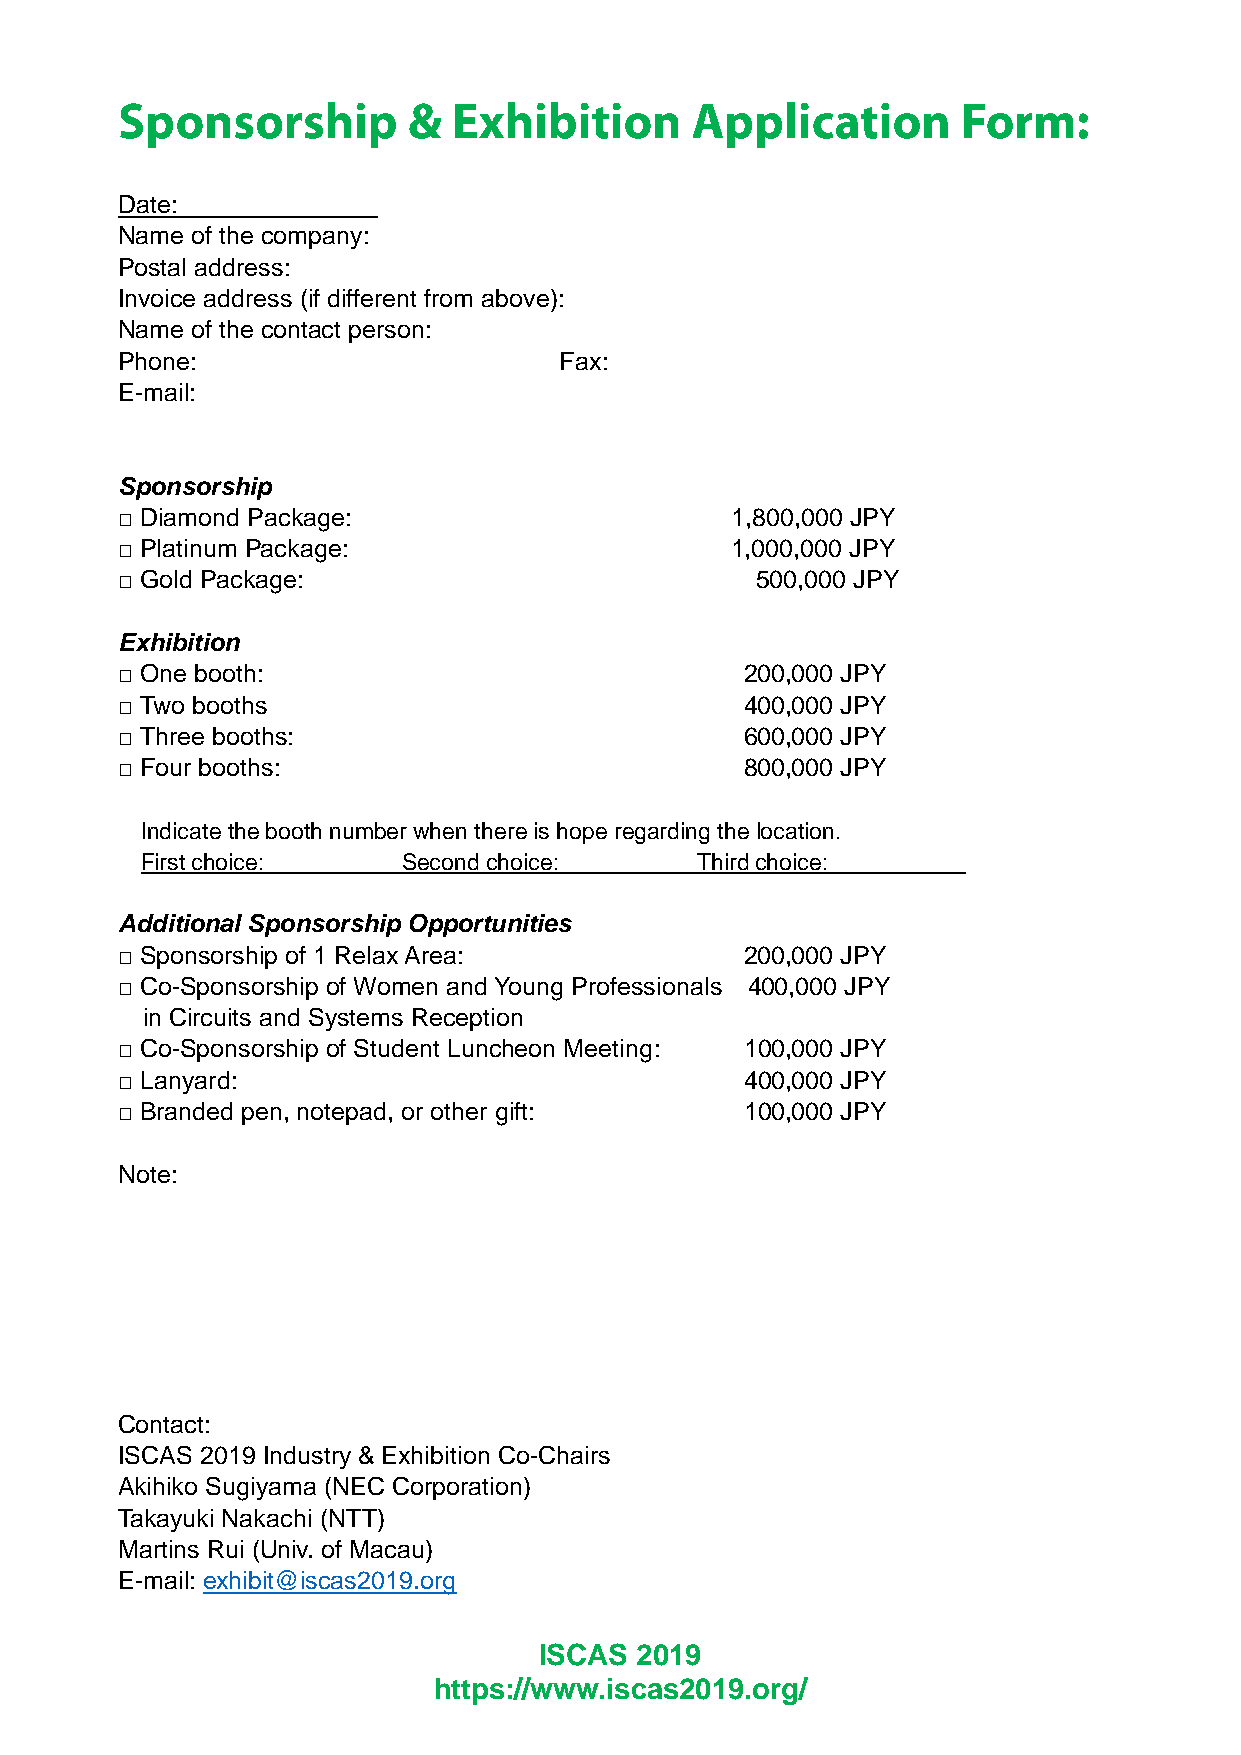
Date:
 Name of the company:
 Postal address:
 Invoice address (if different from above):
 Name of the contact person:
 Phone:                       Fax:
 E-mail:
 Sponsorship
 □ Diamond Package:                      1,800,000 JPY
 □ Platinum Package:                     1,000,000 JPY
 □ Gold Package:                           500,000 JPY
 Exhibition
 □ One booth:                             200,000 JPY
 □ Two booths                             400,000 JPY
 □ Three booths:                          600,000 JPY
 □ Four booths:                           800,000 JPY
 Indicate the booth number when there is hope regarding the location.
 First choice:     Second choice:     Third choice:
 Additional Sponsorship Opportunities
 □ Sponsorship of 1 Relax Area:           200,000 JPY
 □ Co-Sponsorship of Women and Young Professionals 400,000 JPY
 in Circuits and Systems Reception
 □ Co-Sponsorship of Student Luncheon Meeting: 100,000 JPY
 □ Lanyard:                               400,000 JPY
 □ Branded pen, notepad, or other gift:   100,000 JPY
 Note:
 Contact:
 ISCAS 2019 Industry & Exhibition Co-Chairs
 Akihiko Sugiyama (NEC Corporation)
 Takayuki Nakachi (NTT)
 Martins Rui (Univ. of Macau)
 E-mail: exhibit@iscas2019.org
 ISCAS 2019
 https://www.iscas2019.org/